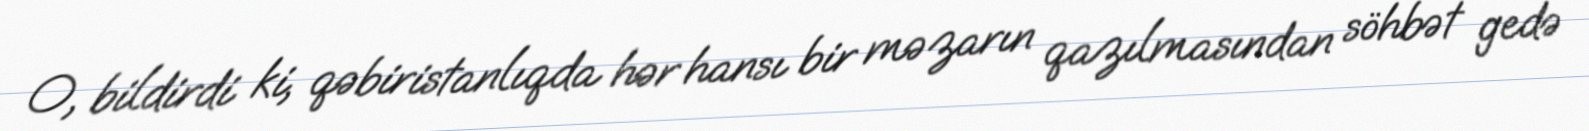
O, bildirdi ki, qəbiristanlıqda hər hansı bir məzarın qazılmasından söhbət gedə